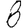
Digit: 8